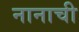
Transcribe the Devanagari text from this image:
नानाची